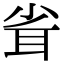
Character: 𦕉